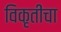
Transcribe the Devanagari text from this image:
विकृतींचा